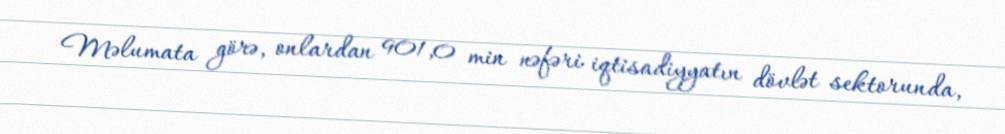
Məlumata görə, onlardan 901,0 min nəfəri iqtisadiyyatın dövlət sektorunda,